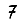
Digit: 7